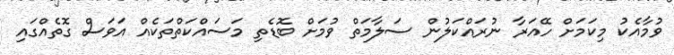
ވުމާއެކު މިކަމަށް ހޭއަރާ ނުރައްކަލުން ސަލާމަތް ވުމަށް ބޮޑެތި މަސައްކަތްތަކެއް އަވަސް ގޮތެއްގައި